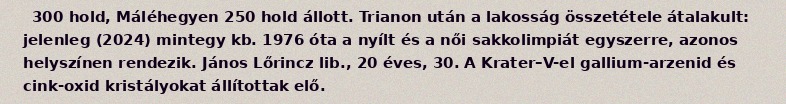
300 hold, Máléhegyen 250 hold állott. Trianon után a lakosság összetétele átalakult: jelenleg (2024) mintegy kb. 1976 óta a nyílt és a női sakkolimpiát egyszerre, azonos helyszínen rendezik. János Lőrincz lib., 20 éves, 30. A Krater–V-el gallium-arzenid és cink-oxid kristályokat állítottak elő.